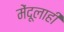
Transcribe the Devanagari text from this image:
मेंदूलाही